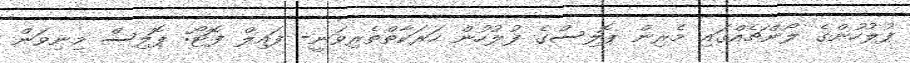
ފުލުހުންގެ ލޯންޗެއްގައި މެރިން ޕޮލިސްގެ ފުލުހުން ހަރަކާތްތެރިވަނީ- ފައިލް ފޮޓޯ: ޕޮލިސް މިނިވަން